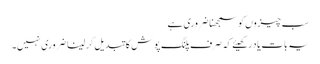
سب چیزوں کو سمجھنا ضروری ہے
یہ بات یاد رکھیئے کہ صرف پلنگ پوش کا تبدیل کر لینا ضروری نہیں۔